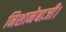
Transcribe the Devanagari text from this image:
निशानेबाजी।